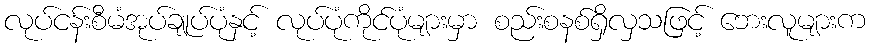
လုပ်ငန်းစီမံအုပ်ချုပ်ပုံနှင့် လုပ်ပုံကိုင်ပုံများမှာ စည်းစနစ်ရှိလှသဖြင့် ဘေးလူများက